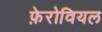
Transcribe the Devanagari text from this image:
फ़ेरोवियल